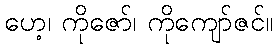
ဟေ့၊ ကိုဇော်၊ ကိုကျော်ဇင်။